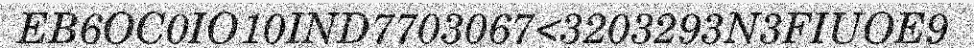
EB6OC0IO10IND7703067<3203293N3FIUOE9